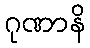
ဂုဏာနိ